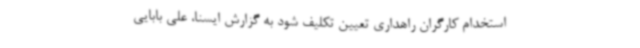
استخدام کارگران راهداری تعیین تکلیف شود به گزارش ایسنا، علی بابایی